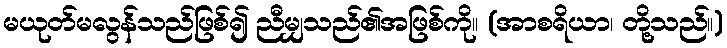
မယုတ်မလွန်သည်ဖြစ်၍ ညီမျှသည်၏အဖြစ်ကို။ (အာစရိယာ၊ တို့သည်။)